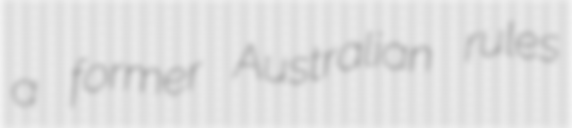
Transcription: a former Australian rules